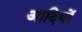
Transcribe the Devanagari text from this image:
आदियों